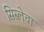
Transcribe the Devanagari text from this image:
सिस्लेचा